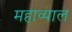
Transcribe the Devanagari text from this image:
महाव्याल